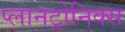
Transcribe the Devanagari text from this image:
प्लानट्रोनिक्स